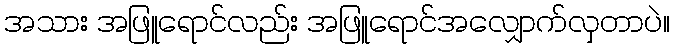
အသား အဖြူရောင်လည်း အဖြူရောင်အလျှောက်လှတာပဲ။